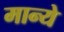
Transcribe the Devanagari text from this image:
मान्ये